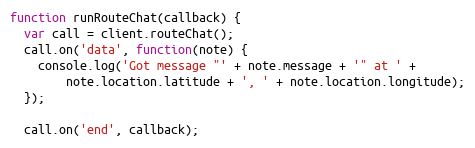
Language: JavaScript
function runRouteChat(callback) {
  var call = client.routeChat();
  call.on('data', function(note) {
    console.log('Got message "' + note.message + '" at ' +
        note.location.latitude + ', ' + note.location.longitude);
  });

  call.on('end', callback);